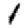
Digit: 1